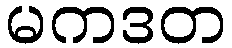
မကဒတ